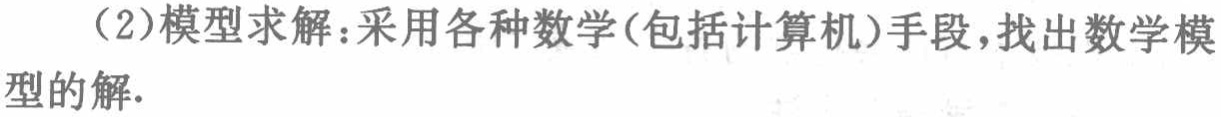
（2）模型求解：采用各种数学(包括计算机)手段，找出数学模型的解.